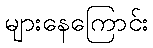
များနေကြောင်း